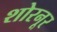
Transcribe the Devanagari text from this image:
शोरनूर